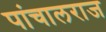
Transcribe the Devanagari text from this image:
पांचालराज